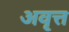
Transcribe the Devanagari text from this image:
अवृत्त